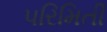
પરિમિતી